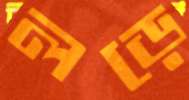
লড়ে